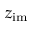
z _ { \mathrm { i m } }